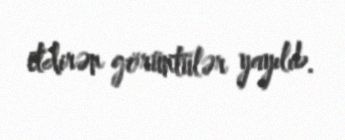
etdirən görüntülər yayılıb.